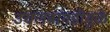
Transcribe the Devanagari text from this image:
उचलबांगडीमुळे